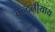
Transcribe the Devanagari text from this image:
वन्दनीयाय